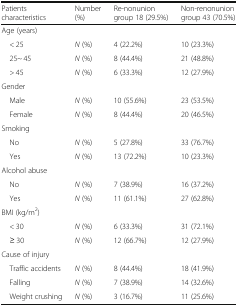
<table><thead><tr><td><b>Patients characteristics</b></td><td><b>Number (%)</b></td><td><b>Re-nonunion group 18 (29.5%)</b></td><td><b>Non-renonunion group 43 (70.5%)</b></td></tr></thead><tbody><tr><td colspan="4">Age (years)</td></tr><tr><td> &lt; 25</td><td><i>N</i> (%)</td><td>4 (22.2%)</td><td>10 (23.3%)</td></tr><tr><td> 25~ 45</td><td><i>N</i> (%)</td><td>8 (44.4%)</td><td>21 (48.8%)</td></tr><tr><td> &gt; 45</td><td><i>N</i> (%)</td><td>6 (33.3%)</td><td>12 (27.9%)</td></tr><tr><td colspan="4">Gender</td></tr><tr><td> Male</td><td><i>N</i> (%)</td><td>10 (55.6%)</td><td>23 (53.5%)</td></tr><tr><td> Female</td><td><i>N</i> (%)</td><td>8 (44.4%)</td><td>20 (46.5%)</td></tr><tr><td colspan="4">Smoking</td></tr><tr><td> No</td><td><i>N</i> (%)</td><td>5 (27.8%)</td><td>33 (76.7%)</td></tr><tr><td> Yes</td><td><i>N</i> (%)</td><td>13 (72.2%)</td><td>10 (23.3%)</td></tr><tr><td colspan="4">Alcohol abuse</td></tr><tr><td> No</td><td><i>N</i> (%)</td><td>7 (38.9%)</td><td>16 (37.2%)</td></tr><tr><td> Yes</td><td><i>N</i> (%)</td><td>11 (61.1%)</td><td>27 (62.8%)</td></tr><tr><td colspan="4">BMI (kg/m<sup>2</sup>)</td></tr><tr><td> &lt; 30</td><td><i>N</i> (%)</td><td>6 (33.3%)</td><td>31 (72.1%)</td></tr><tr><td> ≥ 30</td><td><i>N</i> (%)</td><td>12 (66.7%)</td><td>12 (27.9%)</td></tr><tr><td colspan="4">Cause of injury</td></tr><tr><td> Traffic accidents</td><td><i>N</i> (%)</td><td>8 (44.4%)</td><td>18 (41.9%)</td></tr><tr><td> Falling</td><td><i>N</i> (%)</td><td>7 (38.9%)</td><td>14 (32.6%)</td></tr><tr><td> Weight crushing</td><td><i>N</i> (%)</td><td>3 (16.7%)</td><td>11 (25.6%)</td></tr></tbody></table>